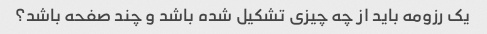
یک رزومه باید از چه چیزی تشکیل شده باشد و چند صفحه باشد؟